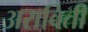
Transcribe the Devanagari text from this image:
अराविती